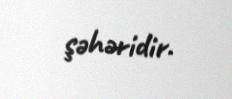
şəhəridir.